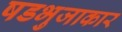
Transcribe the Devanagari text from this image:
षडभुजाकार